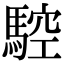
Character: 𩣼